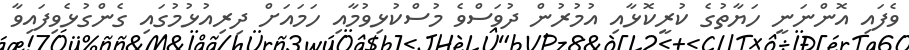
ވެފައި އޮންނަނީ ހަޔާތުގެ ކުރީކޮޅާއި އުމުރުން ދުވަސްވެ މުސްކުޅިވުމާއި ހަމައަށް ދިރިއުޅުމުގައި ގެންގުޅެވިފައިވާ